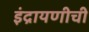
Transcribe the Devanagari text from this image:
इंद्रायणीची